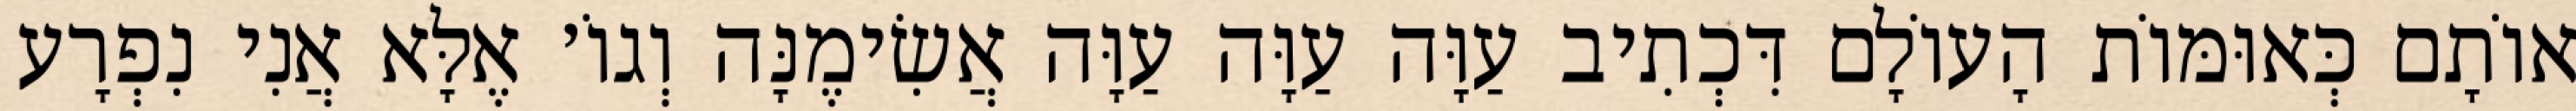
אוֹתָם כְּאוּמּוֹת הָעוֹלָם דִּכְתִיב עַוָּה עַוָּה עַוָּה אֲשִׂימֶנָּה וְגוֹ׳ אֶלָּא אֲנִי נִפְרָע